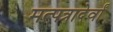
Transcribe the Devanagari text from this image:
मत्पत्रादेर्वां